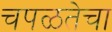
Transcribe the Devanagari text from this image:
चपळतेचा